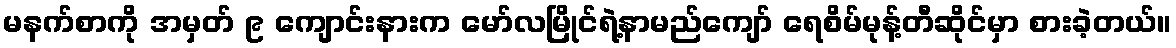
မနက်စာကို အမှတ် ၉ ကျောင်းနားက မော်လမြိုင်ရဲ့နာမည်ကျော် ရေစိမ်မုန့်တီဆိုင်မှာ စားခဲ့တယ်။